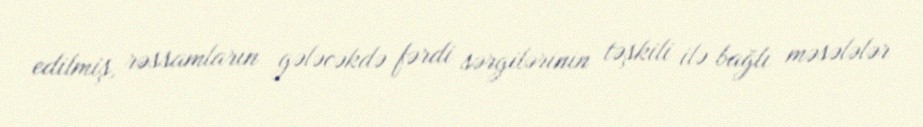
edilmiş, rəssamların gələcəkdə fərdi sərgilərinin təşkili ilə bağlı məsələlər